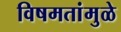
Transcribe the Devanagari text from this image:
विषमतांमुळे